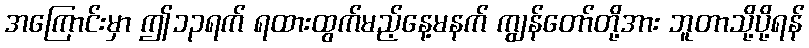
အကြောင်းမှာ ဤ၁၃ရက် ရထားထွက်မည့်နေ့မနက် ကျွန်တော်တို့အား ဘူတာသို့ပို့ရန်